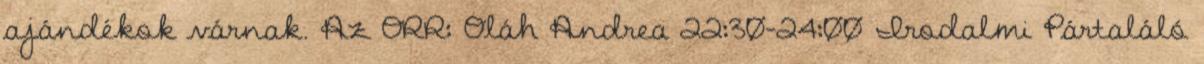
ajándékok várnak. Az ORR: Oláh Andrea 22:30-24:00 Irodalmi Pártaláló